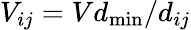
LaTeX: V_{ij}=Vd_{\operatorname*{min}}/d_{ij}